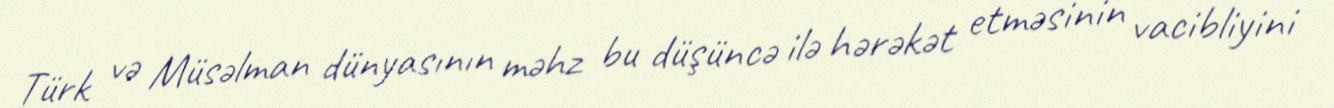
Türk və Müsəlman dünyasının məhz bu düşüncə ilə hərəkət etməsinin vacibliyini